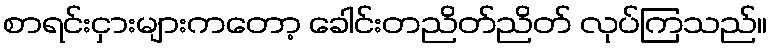
စာရင်းငှားများကတော့ ခေါင်းတညိတ်ညိတ် လုပ်ကြသည်။